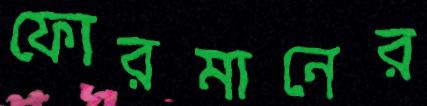
ফোরমানের